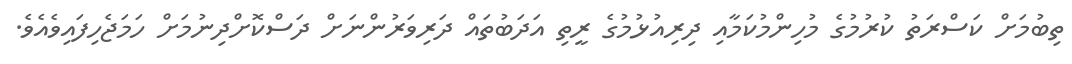
ތިބުމަށް ކަސްރަތު ކުރުމުގެ މުހިންމުކަމާއި ދިރިއުޅުމުގެ ރީތި އަދަބުތައް ދަރިވަރުންނަށް ދަސްކޮށްދިނުމަށް ހަމަޖެހިފައިވެއެވެ.